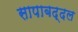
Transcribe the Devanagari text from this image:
सापाबद्दल